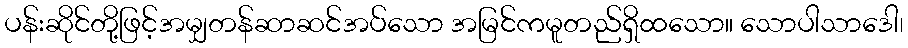
ပန်းဆိုင်တို့ဖြင့်အမျှတန်ဆာဆင်အပ်သော အမြင်ကမူတည်ရှိထသော။ သောပါသာဒေါ၊